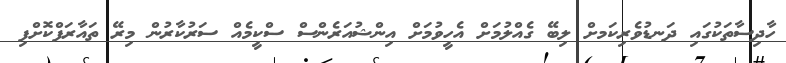
ހާދިސާތަކުގައި ދަނޑުވެރިކަމށް ލިބޭ ގެއްލުމަށް އެހީވުމަށް އިންޝުއަރެންސް ސްކީމެއް ސަރުކާރުން މިރޭ ތައާރަފްކޮށްފި